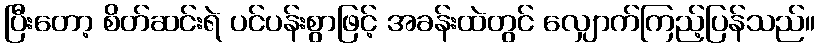
ပြီးတော့ စိတ်ဆင်းရဲ ပင်ပန်းစွာဖြင့် အခန်းထဲတွင် လျှောက်ကြည့်ပြန်သည်။